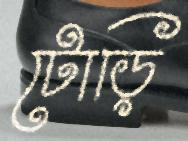
টোড়ি